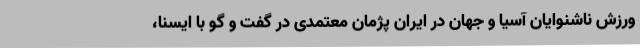
ورزش ناشنوایان آسیا و جهان در ایران پژمان معتمدی در گفت و گو با ایسنا،